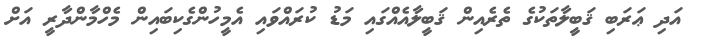
އަދި ޢަރަބި ޤަބީލާތަކުގެ ތެރެއިން ޤަބީލާއެއްގައި މަޑު ކުރައްވައި އެމީހުންގެކިބައިން މެހްމާންދާރީ އަށް